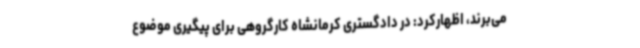
می‌برند، اظهارکرد: در دادگستری کرمانشاه کارگروهی برای پیگیری موضوع